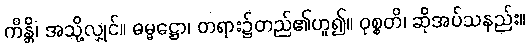
ကိန္တိ၊ အသို့လျှင်။ ဓမ္မဋ္ဌော၊ တရား၌တည်၏ဟူ၍။ ဝုစ္စတိ၊ ဆိုအပ်သနည်း။